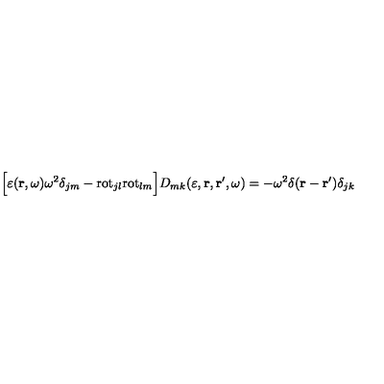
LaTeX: \Bigl [ \varepsilon ( { \bf r } , \omega ) \omega ^ { 2 } \delta _ { j m } - \mathrm { r o t } _ { j l } \mathrm { r o t } _ { l m } \Bigr ] D _ { m k } ( \varepsilon , { \bf r } , { \bf r } ^ { \prime } , \omega ) = - \omega ^ { 2 } \delta ( { \bf r } - { \bf r } ^ { \prime } ) \delta _ { j k }